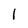
Character: 1